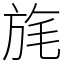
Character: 旄